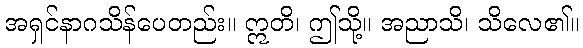
အရှင်နာဂသိန်ပေတည်း။ ဣတိ၊ ဤသို့။ အညာသိ၊ သိလေ၏။